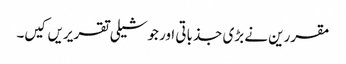
مقررین نے بڑی جذباتی اور جوشیلی تقریریں کیں۔